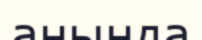
анында